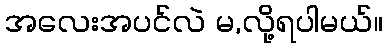
အလေးအပင်လဲ မ,လို့ရပါမယ်။